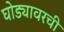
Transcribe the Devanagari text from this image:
घोड्यावरची